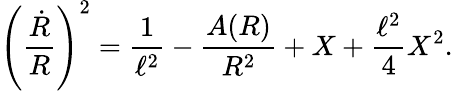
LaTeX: \left({\frac{\dot{R}}{R}}\right)^{2}={\frac{1}{\ell^{2}}}-{\frac{A(R)}{R^{2}}}+X+{\frac{\ell^{2}}{4}}X^{2}.